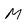
Character: m